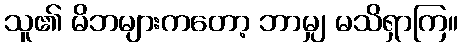
သူ၏ မိဘများကတော့ ဘာမျှ မသိရှာကြ။